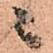
ニ